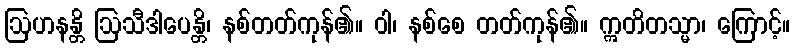
ဩဟနန္တိ ဩသီဒါပေန္တိ၊ နစ်တတ်ကုန်၏။ ဝါ၊ နစ်စေ တတ်ကုန်၏။ ဣတိတသ္မာ၊ ကြောင့်။